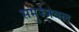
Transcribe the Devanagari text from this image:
समुज्जवल